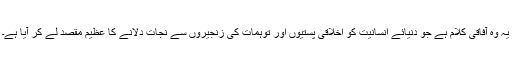
یہ وہ آفاقی کلام ہے جو دنیائے انسانیت کو اخلاقی پستیوں اور توہمات کی زنجیروں سے نجات دلانے کا عظیم مقصد لے کر آیا ہے۔